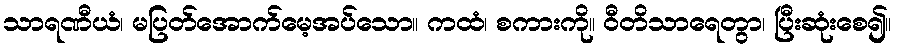
သာရဏီယံ၊ မပြတ်အောက်မေ့အပ်သော။ ကထံ၊ စကားကို။ ဝီတိသာရေတွာ၊ ပြီးဆုံးစေ၍။